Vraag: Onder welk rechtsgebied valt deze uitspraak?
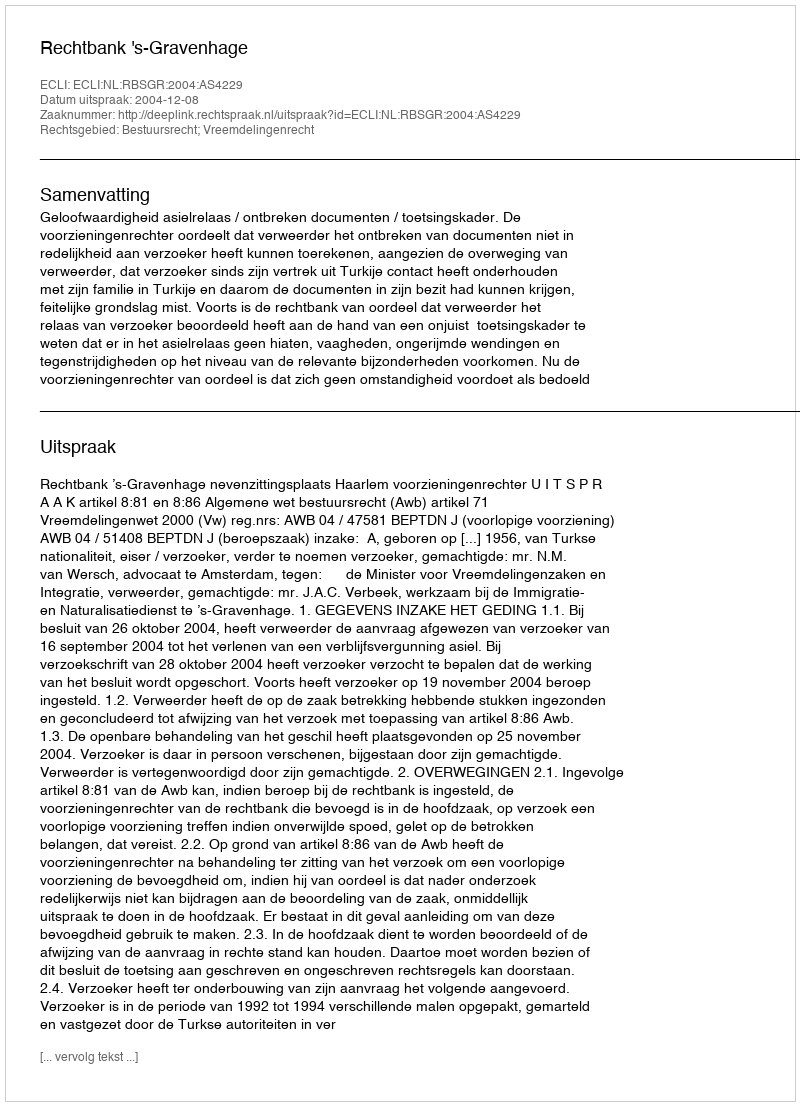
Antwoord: Bestuursrecht; Vreemdelingenrecht